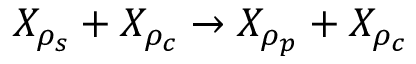
X _ { \rho _ { s } } + X _ { \rho _ { c } } \to X _ { \rho _ { p } } + X _ { \rho _ { c } }